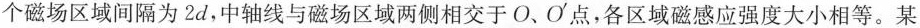
两个磁场区域间隔为2d，中轴线与磁场区域两侧相交于O、O^{\prime}点，各区域磁感应强度大小相等。某